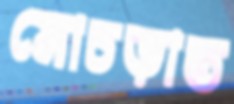
মোচড়াত